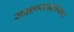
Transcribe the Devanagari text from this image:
साम्राज्याखालोखाल